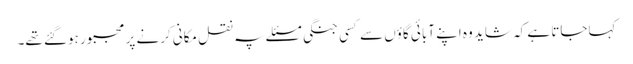
کہاجاتا ہے کہ شاید وہ اپنے آبائی گاؤں سے کسی جنگی مسئلے پہ نقل مکانی کرنے پر مجبور ہوگئے تھے۔